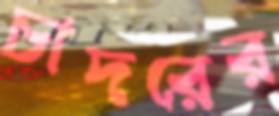
চাদরের